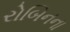
રોબિનના